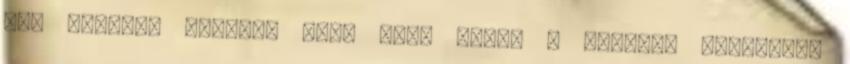
túl magasan vannak, több szőr kerül a hátulsó uszályba,